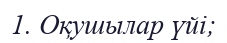
1. Оқушылар үйі;